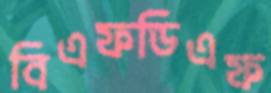
বিএফডিএফ